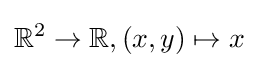
\mathbb {R} ^{2}\to \mathbb {R} ,(x,y)\mapsto x